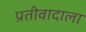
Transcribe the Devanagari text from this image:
प्रतीवादाला